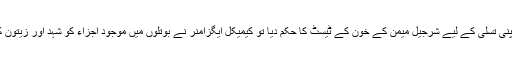
چیف جسٹس نے اپنی تسلی کے لیے شرجیل میمن کے خون کے ٹیسٹ کا حکم دیا تو کیمیکل ایگزامنر نے بوتلوں میں موجود اجزاء کو شہد اور زیتون کا تیل ہی قرار دیا۔